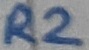
Text: R2